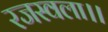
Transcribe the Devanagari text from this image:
रजस्वला।।